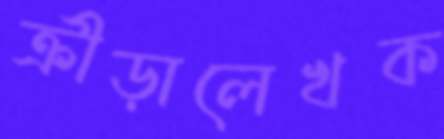
ক্রীড়ালেখক